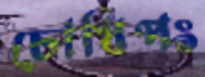
চোথিপং